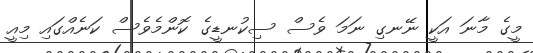
މީގެ މާނަ އަކީ ނޭނގި ނަމަ ވެސް ސިކުނޑީގެ ކޮންމެވެސް ކަނެއްގައި މިއީ